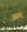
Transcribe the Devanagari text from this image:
असमर